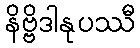
နိဗ္ဗိဒါနုပဿီ